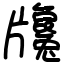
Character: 㸥